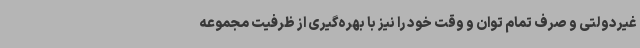
غیردولتی و صرف تمام توان و وقت خود را نیز با بهره‌گیری از ظرفیت مجموعه